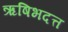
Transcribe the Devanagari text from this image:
ऋषिभदत्त